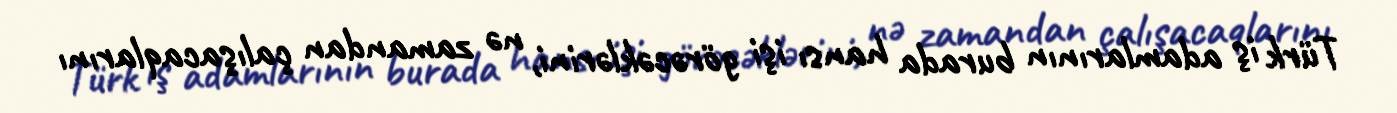
Türk iş adamlarının burada hansı işi görəcəklərini, nə zamandan çalışacaqlarını